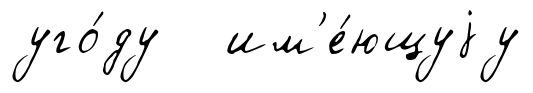
уго́ду им'е́ющуjу